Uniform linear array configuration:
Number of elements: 8
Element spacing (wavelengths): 0.25
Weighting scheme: hann
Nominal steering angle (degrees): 0
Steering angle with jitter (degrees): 0.9189
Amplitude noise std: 0.05
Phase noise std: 0.05

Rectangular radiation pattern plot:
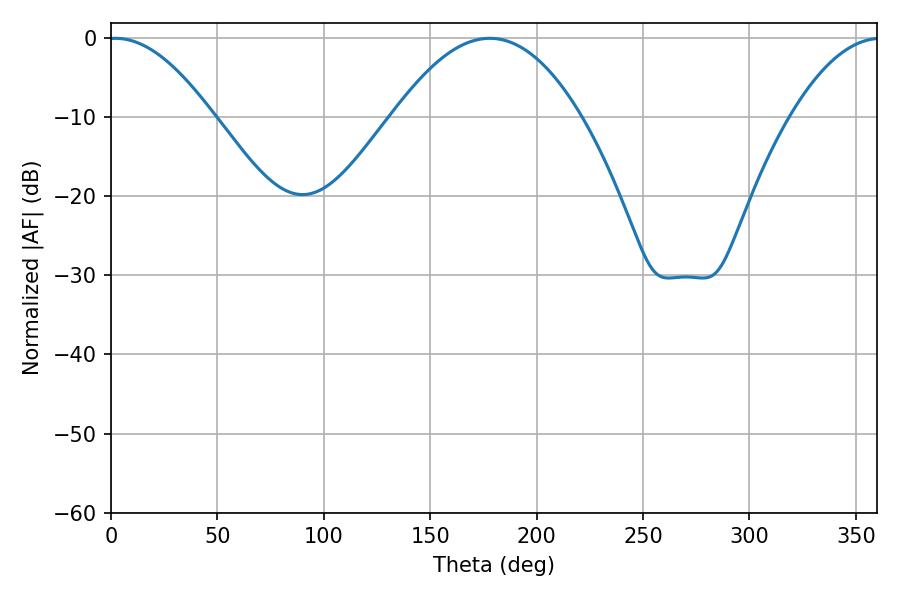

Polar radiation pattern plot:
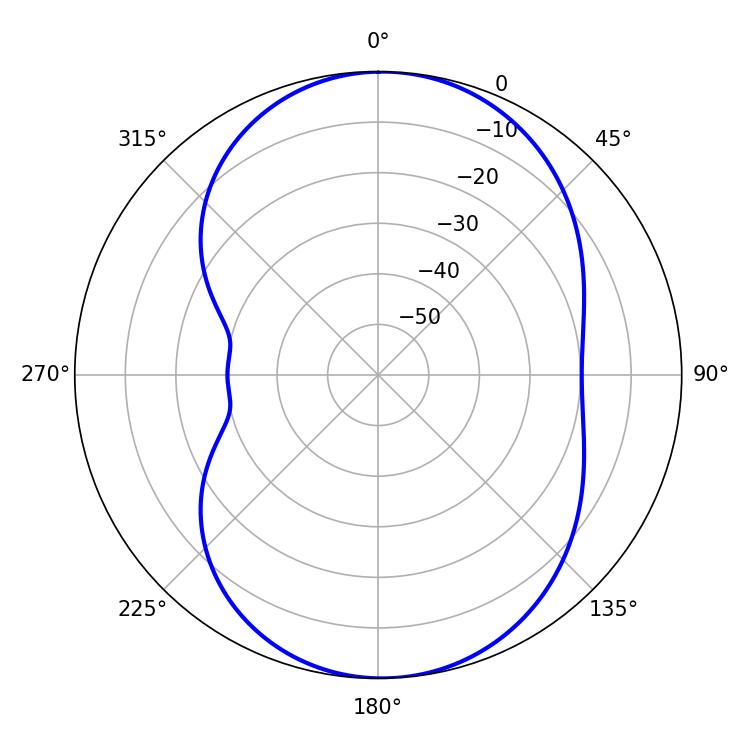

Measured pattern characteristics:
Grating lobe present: FALSE
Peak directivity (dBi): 12.777
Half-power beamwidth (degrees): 48.42
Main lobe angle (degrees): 178.02